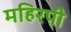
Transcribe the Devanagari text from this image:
महिरपी